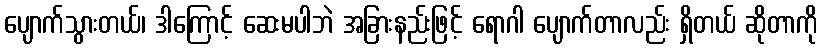
ပျောက်သွားတယ်၊ ဒါကြောင့် ဆေးမပါဘဲ အခြားနည်းဖြင့် ရောဂါ ပျောက်တာလည်း ရှိတယ် ဆိုတာကို